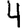
Digit: 4